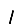
Digit: 1